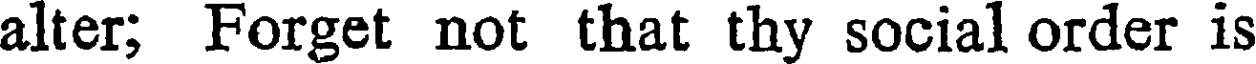
alter; Forget not that thy social order is